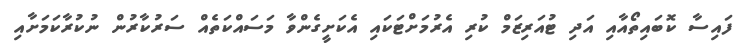
ފައިސާ ކޮބައިތޯއާއި އަދި ޓުއަރިޒަމް ކުރި އެރުމަށްޓަކައި އެކަށީގެންވާ މަސައްކަތެއް ސަރުކާރުން ނުކުރާކަމަށާއި